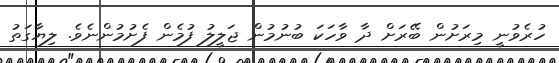
ހުރެވުނީ މިރަށުން ބޭރަށް ދާ ވާހަކަ ބުނުމުން ޖަލީލު ފުމެން ފެށުމުންނެވެ. ލިޔާގަތު